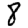
Digit: 8